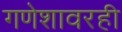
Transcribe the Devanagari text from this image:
गणेशावरही